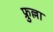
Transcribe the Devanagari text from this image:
फ्रुल्ला